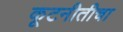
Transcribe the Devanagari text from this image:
कूटनीतीचा